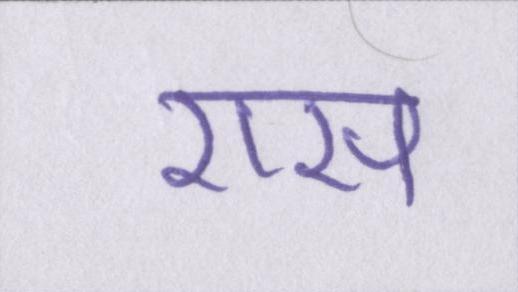
रास